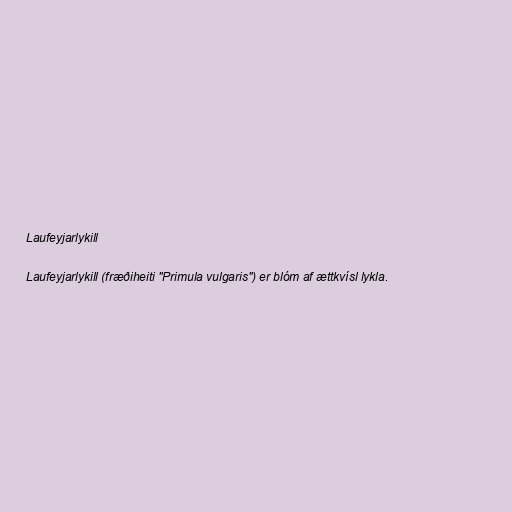
Laufeyjarlykill

Laufeyjarlykill (fræðiheiti "Primula vulgaris") er blóm af ættkvísl lykla.